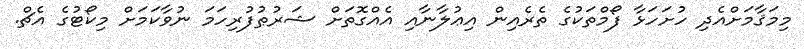
މިމަޤާމަށްއެދި ހުށަހަޅާ ފޯމްތަކުގެ ތެރެއިން އިޢުލާނާއި އެއްގޮތަށް ޝަރުޠުފުރިހަމަ ނުވާކަމަށް މިކޯޓުގެ އެޗް.